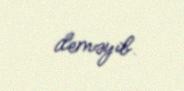
deməyib.